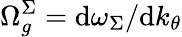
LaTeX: \Omega_{g}^{\Sigma}=\textup{d}\omega_{\Sigma}/\textup{d}k_{\theta}